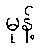
မုန့်